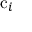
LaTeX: \mathrm { c } _ { i }